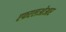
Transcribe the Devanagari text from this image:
एफएलओआर